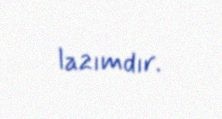
lazımdır.